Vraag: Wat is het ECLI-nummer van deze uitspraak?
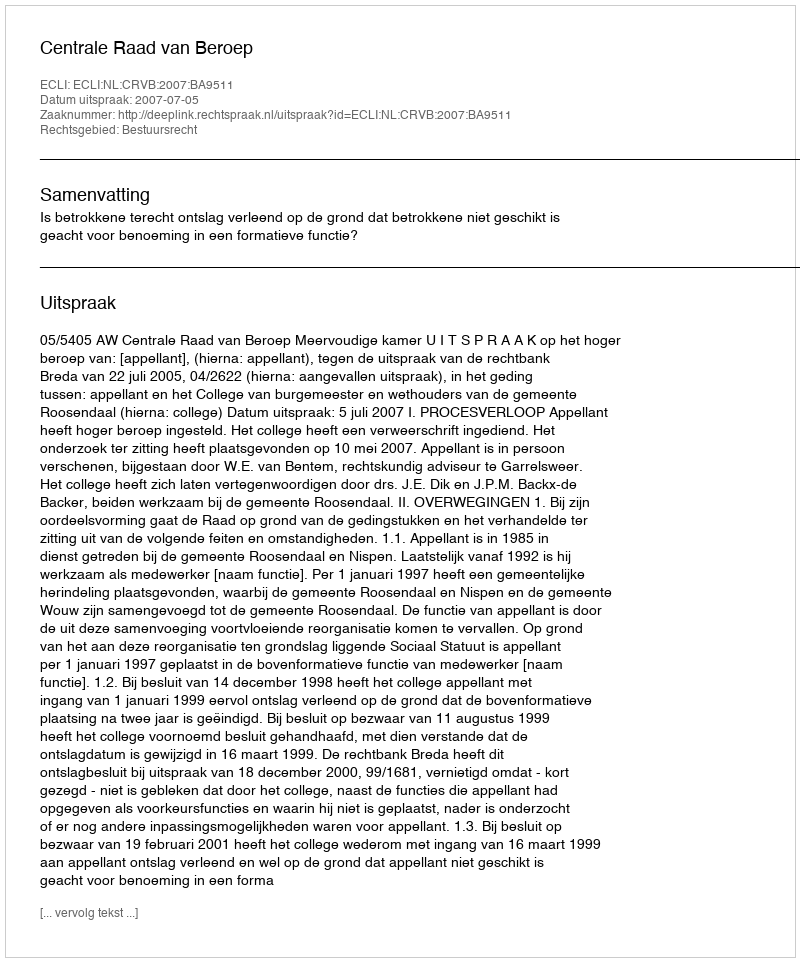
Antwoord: ECLI:NL:CRVB:2007:BA9511